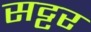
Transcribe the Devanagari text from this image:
सट्टर